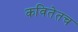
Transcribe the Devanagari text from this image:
कवितेतच